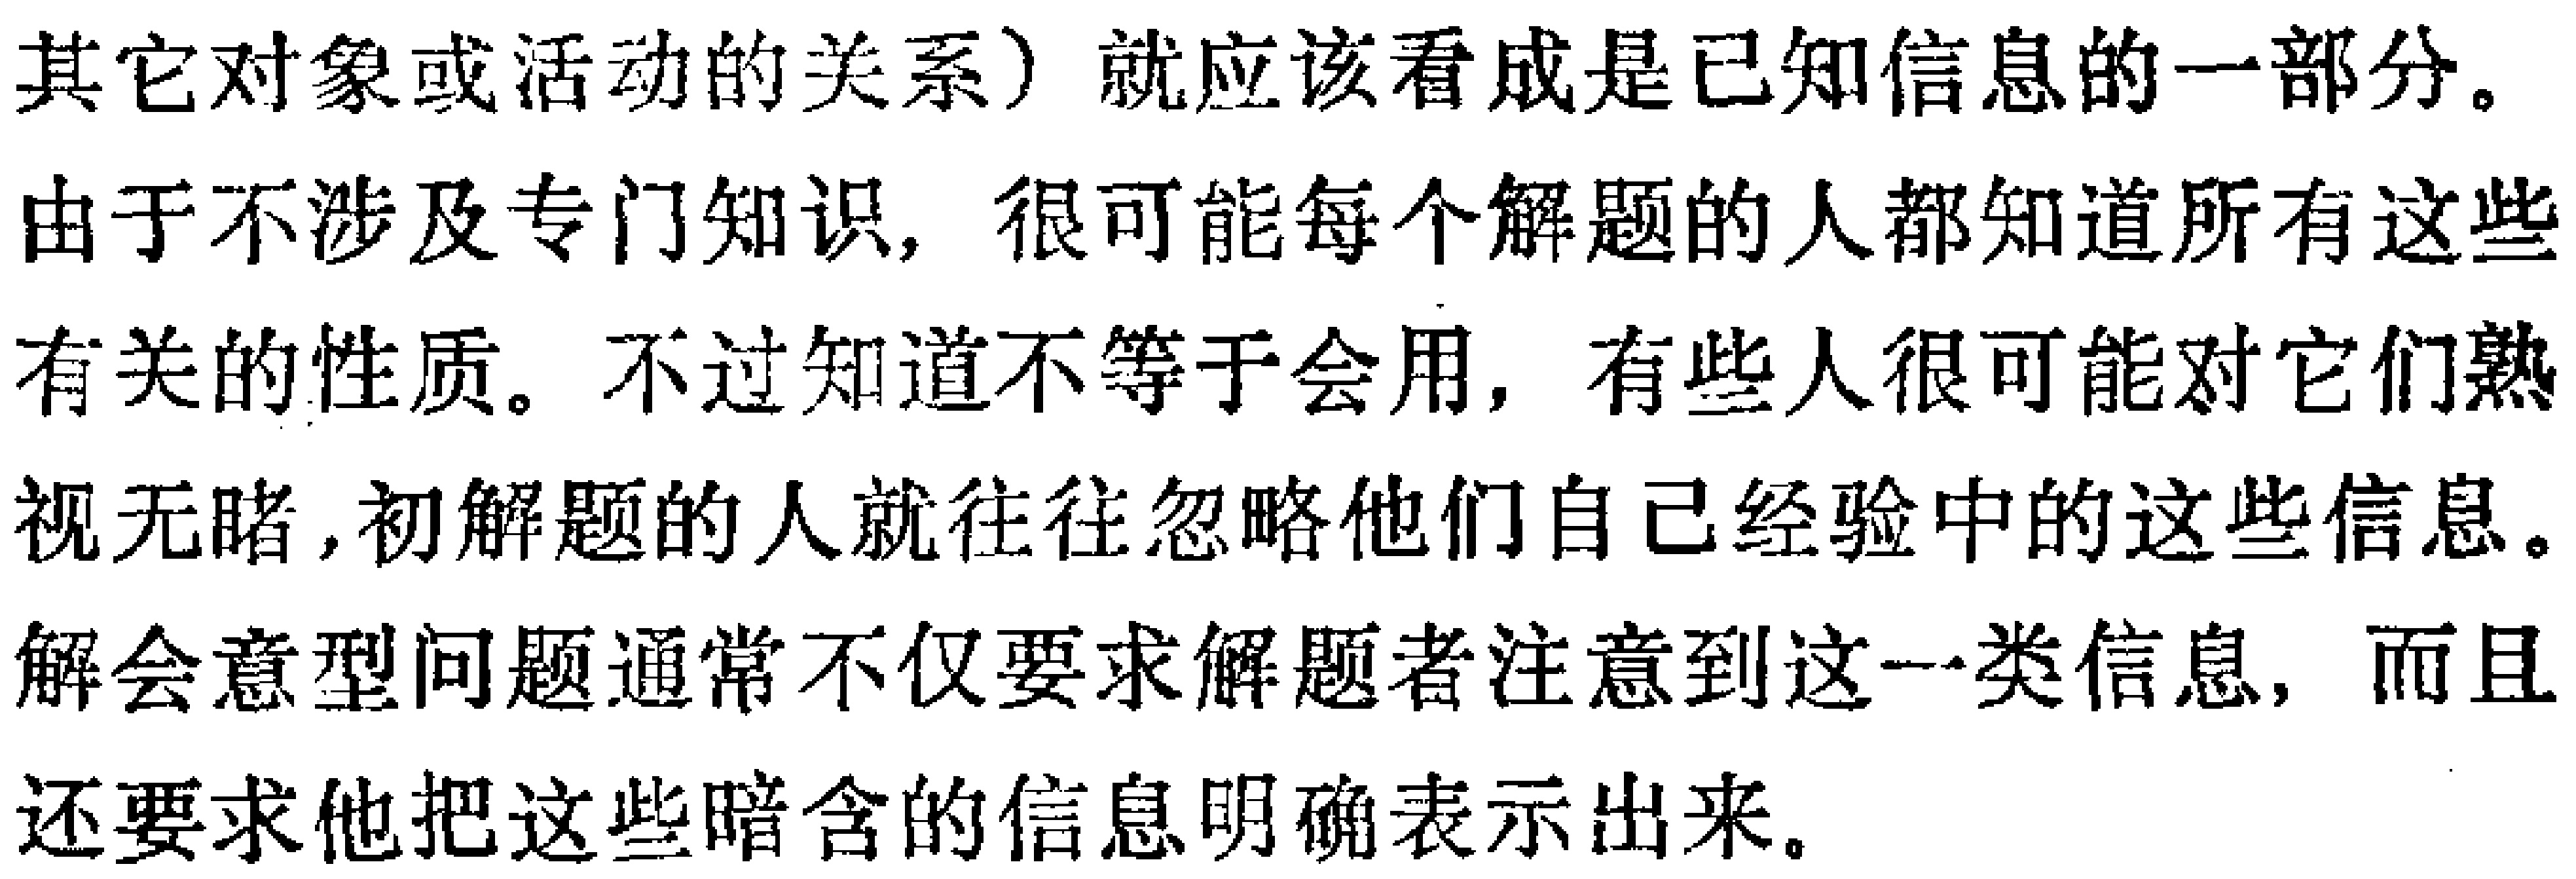
其它对象或活动的关系）就应该看成是已知信息的一部分。

由于不涉及专门知识, 很可能每个解题的人都知道所有这些

有关的性质。不过知道不等于会用, 有些人很可能对它们熟

视无睹,初解题的人就往往忽略他们自己经验中的这些信息。

解会意型问题通常不仅要求解题者注意到这一类信息, 而且

还要求他把这些暗含的信息明确表示出来。